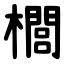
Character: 櫚